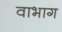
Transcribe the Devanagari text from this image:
वाभाग